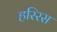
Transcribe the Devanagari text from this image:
हरिरस